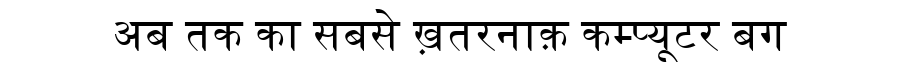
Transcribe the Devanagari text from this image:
अब तक का सबसे ख़तरनाक़ कम्प्यूटर बग